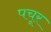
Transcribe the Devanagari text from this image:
पचूर